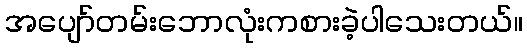
အပျော်တမ်းဘောလုံးကစားခဲ့ပါသေးတယ်။